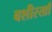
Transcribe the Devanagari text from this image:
बशीरखाँ